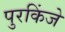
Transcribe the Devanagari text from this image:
पुरकिंजे